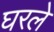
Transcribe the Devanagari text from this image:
घरले